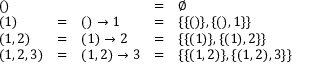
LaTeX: \begin{array} { l c l c l } { ( ) } & { } & { } & { = } & { \emptyset } \\ { ( 1 ) } & { = } & { ( ) \rightarrow 1 } & { = } & { \{ \{ ( ) \} , \{ ( ) , 1 \} \} } \\ { ( 1 , 2 ) } & { = } & { ( 1 ) \rightarrow 2 } & { = } & { \{ \{ ( 1 ) \} , \{ ( 1 ) , 2 \} \} } \\ { ( 1 , 2 , 3 ) } & { = } & { ( 1 , 2 ) \rightarrow 3 } & { = } & { \{ \{ ( 1 , 2 ) \} , \{ ( 1 , 2 ) , 3 \} \} } \end{array}